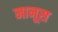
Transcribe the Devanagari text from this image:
मानूस